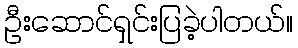
ဦးဆောင်ရှင်းပြခဲ့ပါတယ်။